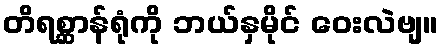
တိရစ္ဆာန်ရုံကို ဘယ်နှမိုင် ဝေးလဲဗျ။